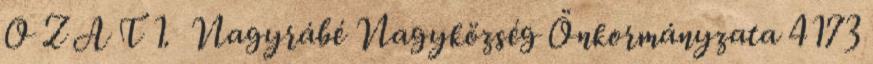
O Z A T 1. Nagyrábé Nagyközség Önkormányzata 4173